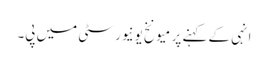
انہی کے کہنے پر میونخ یونیورسٹی میں پی۔